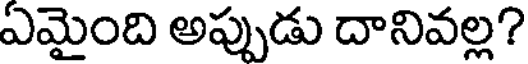
ఏమైంది అప్పుడు దానివల్ల?